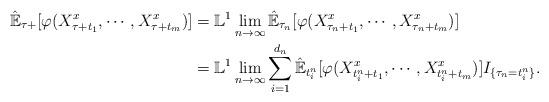
LaTeX: \begin{align*}\hat{\mathbb{E}}_{\tau+}[\varphi(X_{\tau+t_1}^x,\cdots,X_{\tau+t_m}^x)]&=\mathbb{L}^1\lim_{n\rightarrow \infty}\hat{\mathbb{E}}_{\tau_n}[\varphi(X_{\tau_n+t_1}^x,\cdots,X_{\tau_n+t_m}^x)]\\&=\mathbb{L}^1\lim_{n\rightarrow \infty}\sum_{i=1}^{d_n}\hat{\mathbb{E}}_{t^n_i}[\varphi(X_{{t^n_i}+t_1}^x,\cdots,X_{{t^n_i}+t_m}^x)]I_{\{\tau_n={t^n_i}\}}.\end{align*}